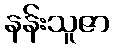
နန်းသူဇာ